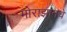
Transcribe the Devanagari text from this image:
मोराझानचे